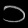
Digit: ၁